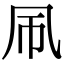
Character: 𫥞